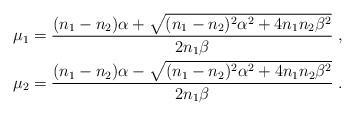
LaTeX: \begin{align*}\mu_1 &=\frac{(n_1-n_2)\alpha+\sqrt{(n_1-n_2)^2\alpha^2+4n_1n_2\beta^2}}{2n_1\beta}\;,\\\mu_2 &=\frac{(n_1-n_2)\alpha-\sqrt{(n_1-n_2)^2\alpha^2+4n_1n_2\beta^2}}{2n_1\beta}\;.\end{align*}